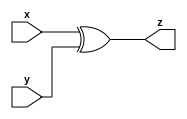
`timescale 1ns/10ps
module xor_gate (x, y, z);
  input x;
  input y;
  output z;
  
  assign z = (x^y) ;
  
  
endmodule